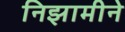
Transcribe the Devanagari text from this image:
निझामीने